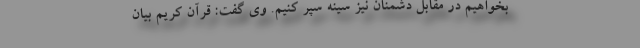
بخواهیم در مقابل دشمنان نیز سینه سپر کنیم. وی گفت: قرآن کریم بیان